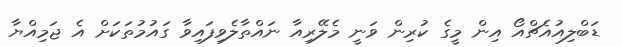
ޑަބްލިއުއެޗްއޯ އިން މީގެ ކުރިން ވަނީ މެލޭރިއާ ނައްތާލެވިފައިވާ ގައުމުތަކަށް އެ ޖަމިއްޔާ